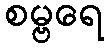
စမ္ဗရေ